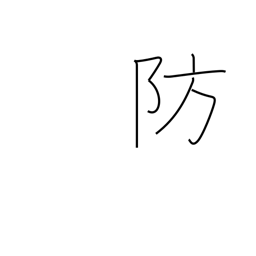
Meaning: ward off